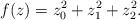
LaTeX: \begin{align*}f(z) = z_{0}^{2} + z_{1}^{2} + z_{2}^{2}.\end{align*}